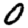
Digit: 0